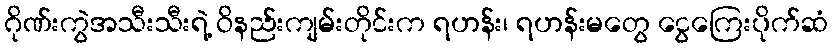
ဂိုဏ်းကွဲအသီးသီးရဲ့ ဝိနည်းကျမ်းတိုင်းက ရဟန်း၊ ရဟန်းမတွေ ငွေကြေးပိုက်ဆံ